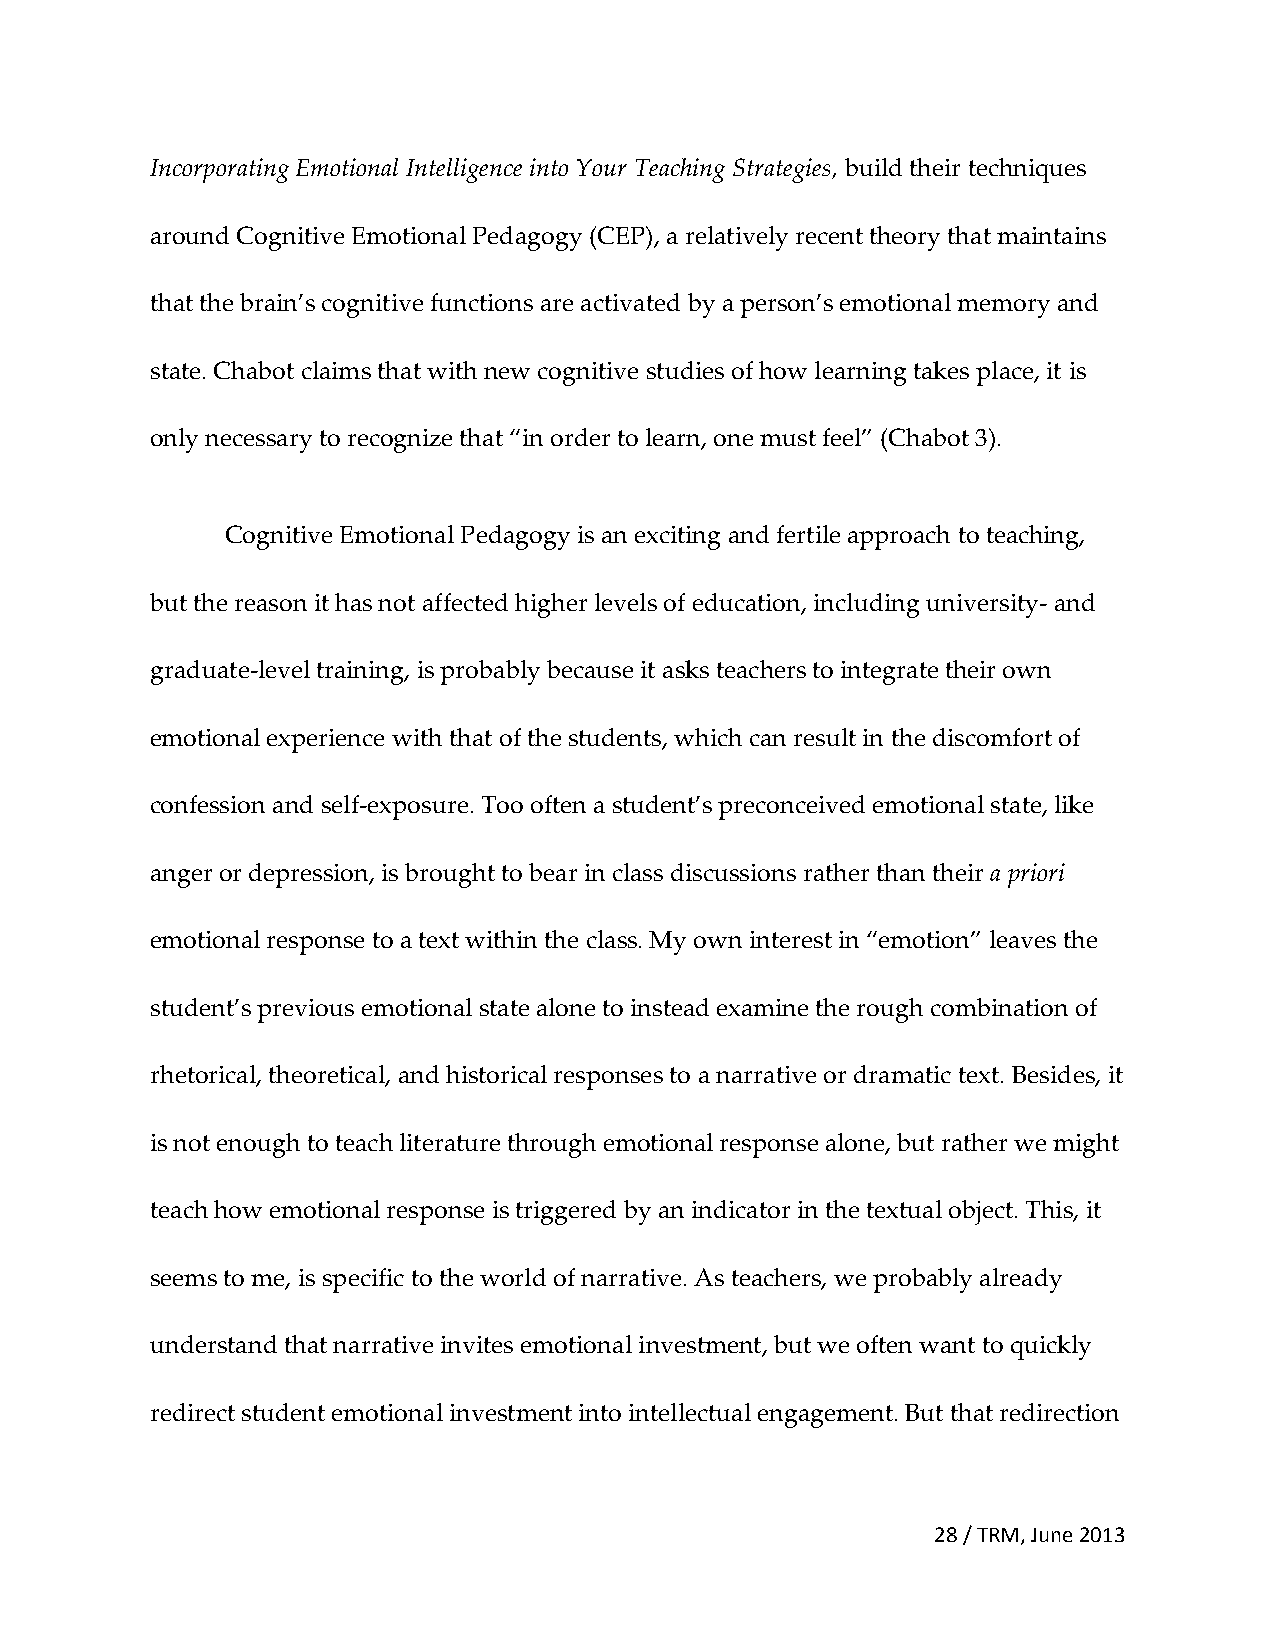
Incorporating Emotional Intelligence into Your Teaching Strategies, build their techniques
 around Cognitive Emotional Pedagogy (CEP), a relatively recent theory that maintains
 that the brain’s cognitive functions are activated by a person’s emotional memory and
 state. Chabot claims that with new cognitive studies of how learning takes place, it is
 only necessary to recognize that “in order to learn, one must feel” (Chabot 3).
 Cognitive Emotional Pedagogy is an exciting and fertile approach to teaching,
 but the reason it has not affected higher levels of education, including university- and
 graduate-level training, is probably because it asks teachers to integrate their own
 emotional experience with that of the students, which can result in the discomfort of
 confession and self-exposure. Too often a student’s preconceived emotional state, like
 anger or depression, is brought to bear in class discussions rather than their a priori
 emotional response to a text within the class. My own interest in “emotion” leaves the
 student’s previous emotional state alone to instead examine the rough combination of
 rhetorical, theoretical, and historical responses to a narrative or dramatic text. Besides, it
 is not enough to teach literature through emotional response alone, but rather we might
 teach how emotional response is triggered by an indicator in the textual object. This, it
 seems to me, is specific to the world of narrative. As teachers, we probably already
 understand that narrative invites emotional investment, but we often want to quickly
 redirect student emotional investment into intellectual engagement. But that redirection
 28 / TRM, June 2013